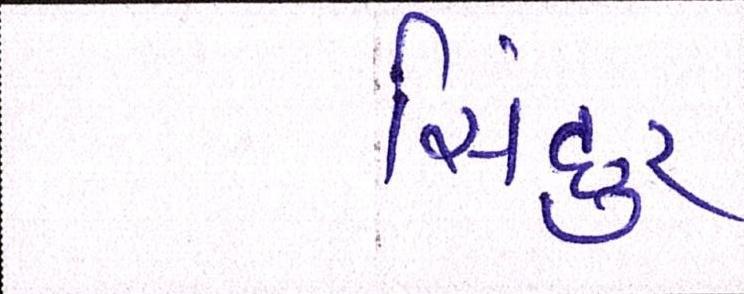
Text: સિંદુર